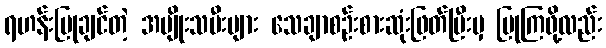
ရဟန်းပြုချင်တဲ့ အမျိုးသမီးများ သေချာစဉ်းစားဆုံးဖြတ်ပြီးမှ ပြုကြဖို့လည်း